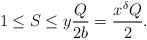
\begin{align*} 1 \leq S \leq y\frac{Q}{2b}=\frac{x^{\delta}Q}{2}.\end{align*}